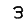
Digit: 3